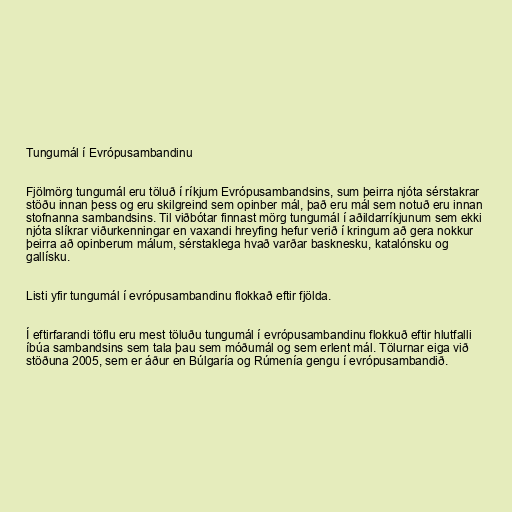
Tungumál í Evrópusambandinu

Fjölmörg tungumál eru töluð í ríkjum Evrópusambandsins, sum þeirra njóta sérstakrar
stöðu innan þess og eru skilgreind sem opinber mál, það eru mál sem notuð eru innan
stofnanna sambandsins. Til viðbótar finnast mörg tungumál í aðildarríkjunum sem ekki
njóta slíkrar viðurkenningar en vaxandi hreyfing hefur verið í kringum að gera nokkur
þeirra að opinberum málum, sérstaklega hvað varðar basknesku, katalónsku og
gallísku.

Listi yfir tungumál í evrópusambandinu flokkað eftir fjölda.

Í eftirfarandi töflu eru mest töluðu tungumál í evrópusambandinu flokkuð eftir hlutfalli
íbúa sambandsins sem tala þau sem móðumál og sem erlent mál. Tölurnar eiga við
stöðuna 2005, sem er áður en Búlgaría og Rúmenía gengu í evrópusambandið.